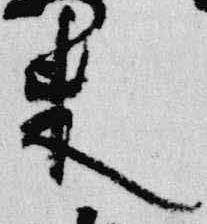
来